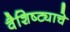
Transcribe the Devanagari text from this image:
वैशिष्ट्याचे